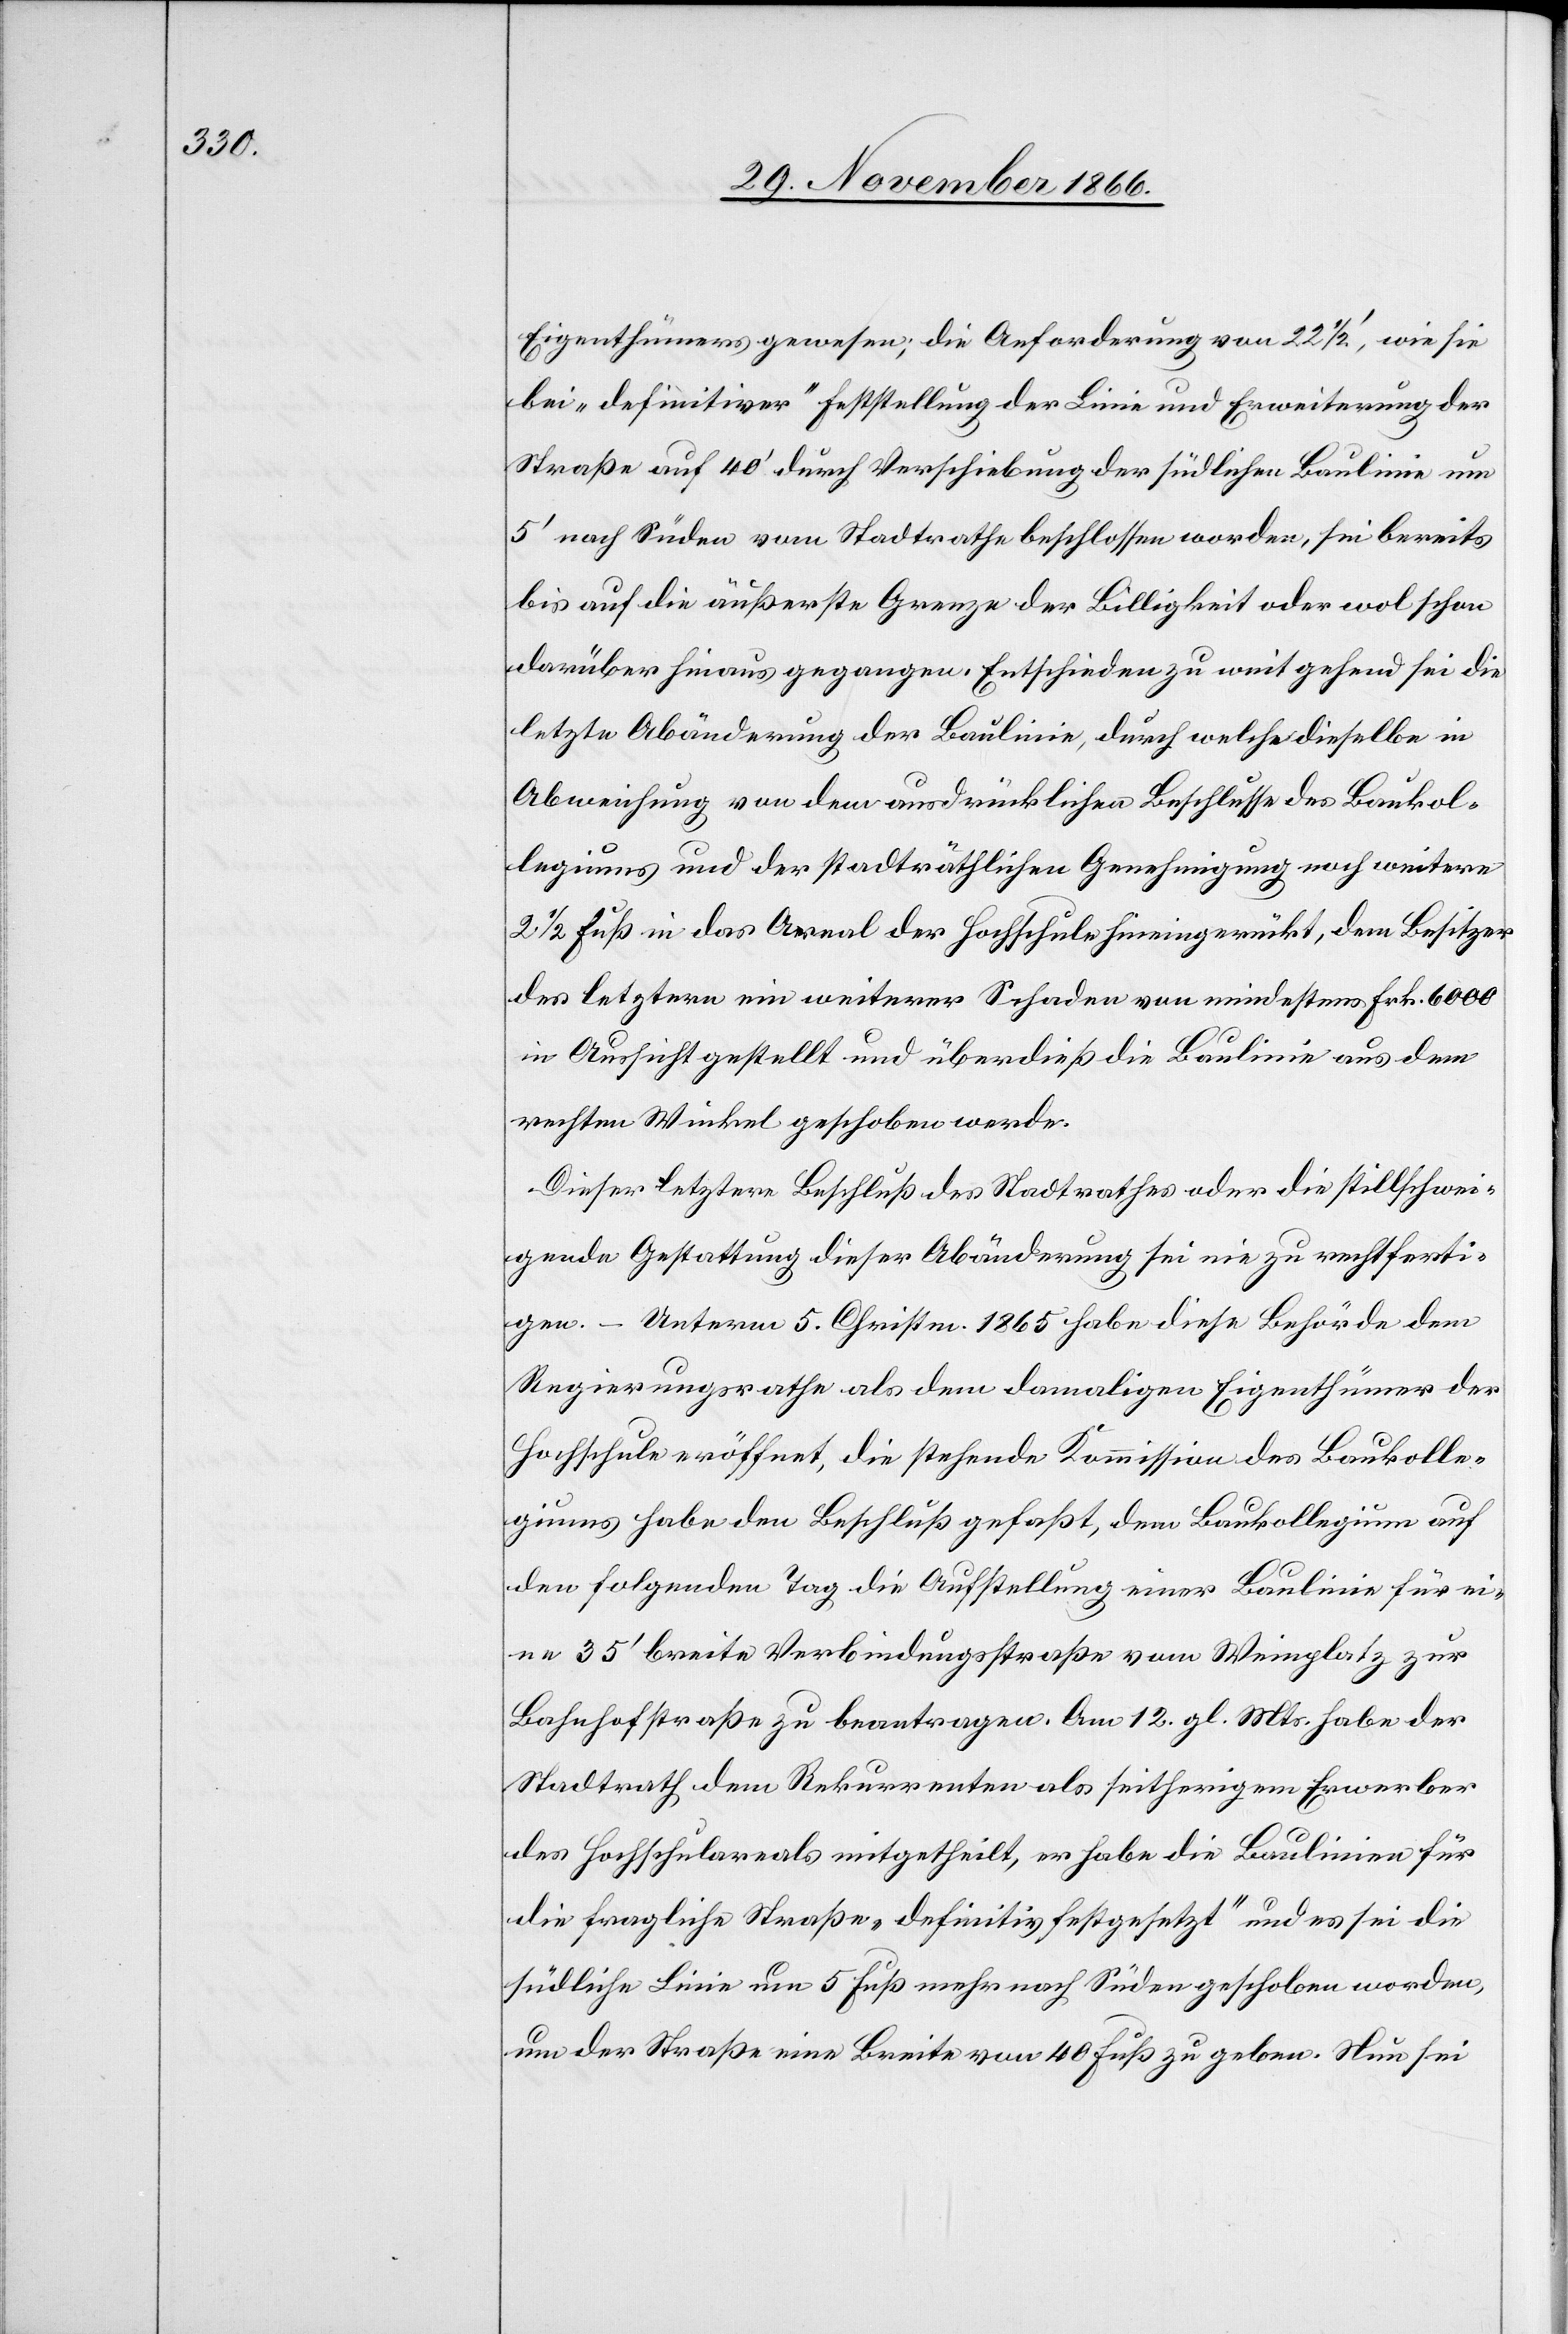
Eigenthümers gewesen; die Anforderung von 22 1/2‘, wie sie
bei „definitiver“ Feststellung der Linie und Erweiterung der
Straße auf 40‘ durch Verschiebung der südlichen Baulinie um
5‘ nach Süden vom Stadtrathe beschlossen worden, sei bereits
bis auf die äußerste Grenze der Billigkeit oder wol schon
darüber hinaus gegangen. Entschieden zu weit gehend sei die
letzte Abänderung der Baulinie, durch welche dieselbe in
Abweichung von dem ausdrücklichen Beschlusse des Baukol¬
legiums und der stadträthlichen Genehmigung noch weitere
2 1/2 Fuß in das Areal der Hochschule hineingerückt, dem Besitzer
des letztern ein weiterer Schaden von mindestens Frk. 6000
in Aussicht gestellt und überdieß die Baulinie aus dem
rechten Winkel geschoben werde.
Dieser letztere Beschluß des Stadtrathes oder die stillschwei¬
gende Gestattung dieser Abänderung sei nie zu rechtferti¬
gen. – Unterm 5. Christm. 1865 habe diese Behörde dem
Regierungsrathe als dem damaligen Eigenthümer der
Hochschule eröffnet, die stehende Kommission des Baukolle¬
giums habe den Beschluß gefaßt, dem Baukollegium auf
den folgenden Tag die Aufstellung einer Baulinie für ei¬
ne 35‘ breite Verbindungsstraße vom Weinplatz zur
Bahnhofstraße zu beantragen. Am 12. gl. Mts. habe der
Stadtrath dem Rekurrenten als seitherigem Erwerber
des Hochschulareals mitgetheilt, er habe die Baulinie für
die fragliche Straße „definitiv festgesetzt“ und es sei die
südliche Linie um 5 Fuß mehr nach Süden geschoben worden,
um der Straße eine Breite von 40 Fuß zu geben. Nun sei